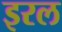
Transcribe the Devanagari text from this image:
इरल